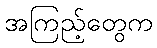
အကြည့်တွေက